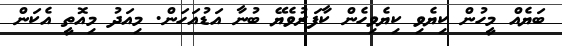
ބަޔެއް މީހުން ކިޔެވި ކިޔެވިހެން ކާފަރުވެޔޭ ބުނާ އަޑުއަހަން. މިއަދު މިއޮތީ އެކަން